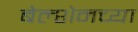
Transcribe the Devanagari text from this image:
बेल्शेनच्या